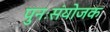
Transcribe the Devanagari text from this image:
पुनःसंयोजक